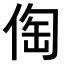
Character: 𠊐